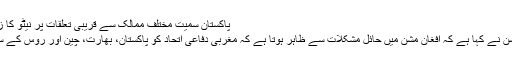
پاکستان سمیت مختلف ممالک سے قریبی تعلقات پر نیٹو کا زور | حالات حاضرہ | DW | 07.02.2010
نیٹو کے سیکریٹری جنرل آندرس فوگ راسموسن نے کہا ہے کہ افغان مشن میں حائل مشکلات سے ظاہر ہوتا ہے کہ مغربی دفاعی اتحاد کو پاکستان، بھارت، چین اور روس کے ساتھ تعلقات مزید بہتر بنانے کی ضرورت ہے۔